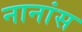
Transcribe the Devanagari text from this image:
नानांस